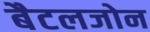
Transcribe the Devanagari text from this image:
बैटलजोन